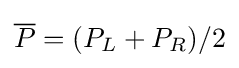
{\overline {P}}=(P_{L}+P_{R})/2